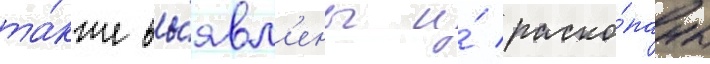
та́кже вы́явл'ены и́ раско́паны